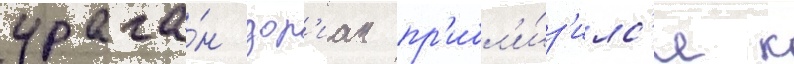
урага́н дор'иан пр'ибл'и́з'илс'я к